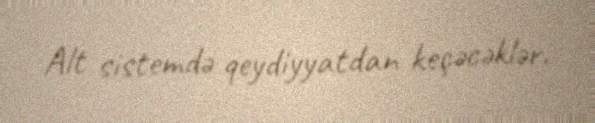
Alt sistemdə qeydiyyatdan keçəcəklər.